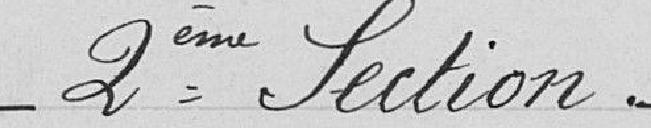
2ème section